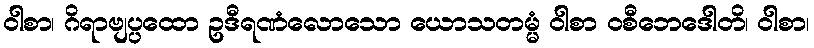
ဝါစာ၊ ဂိရာဗျပ္ပထော ဥဒီရဏံလောသော ယောသတမ္မံ ဝါစာ ဝစီဘေဒေါတိ၊ ဝါစာ၊